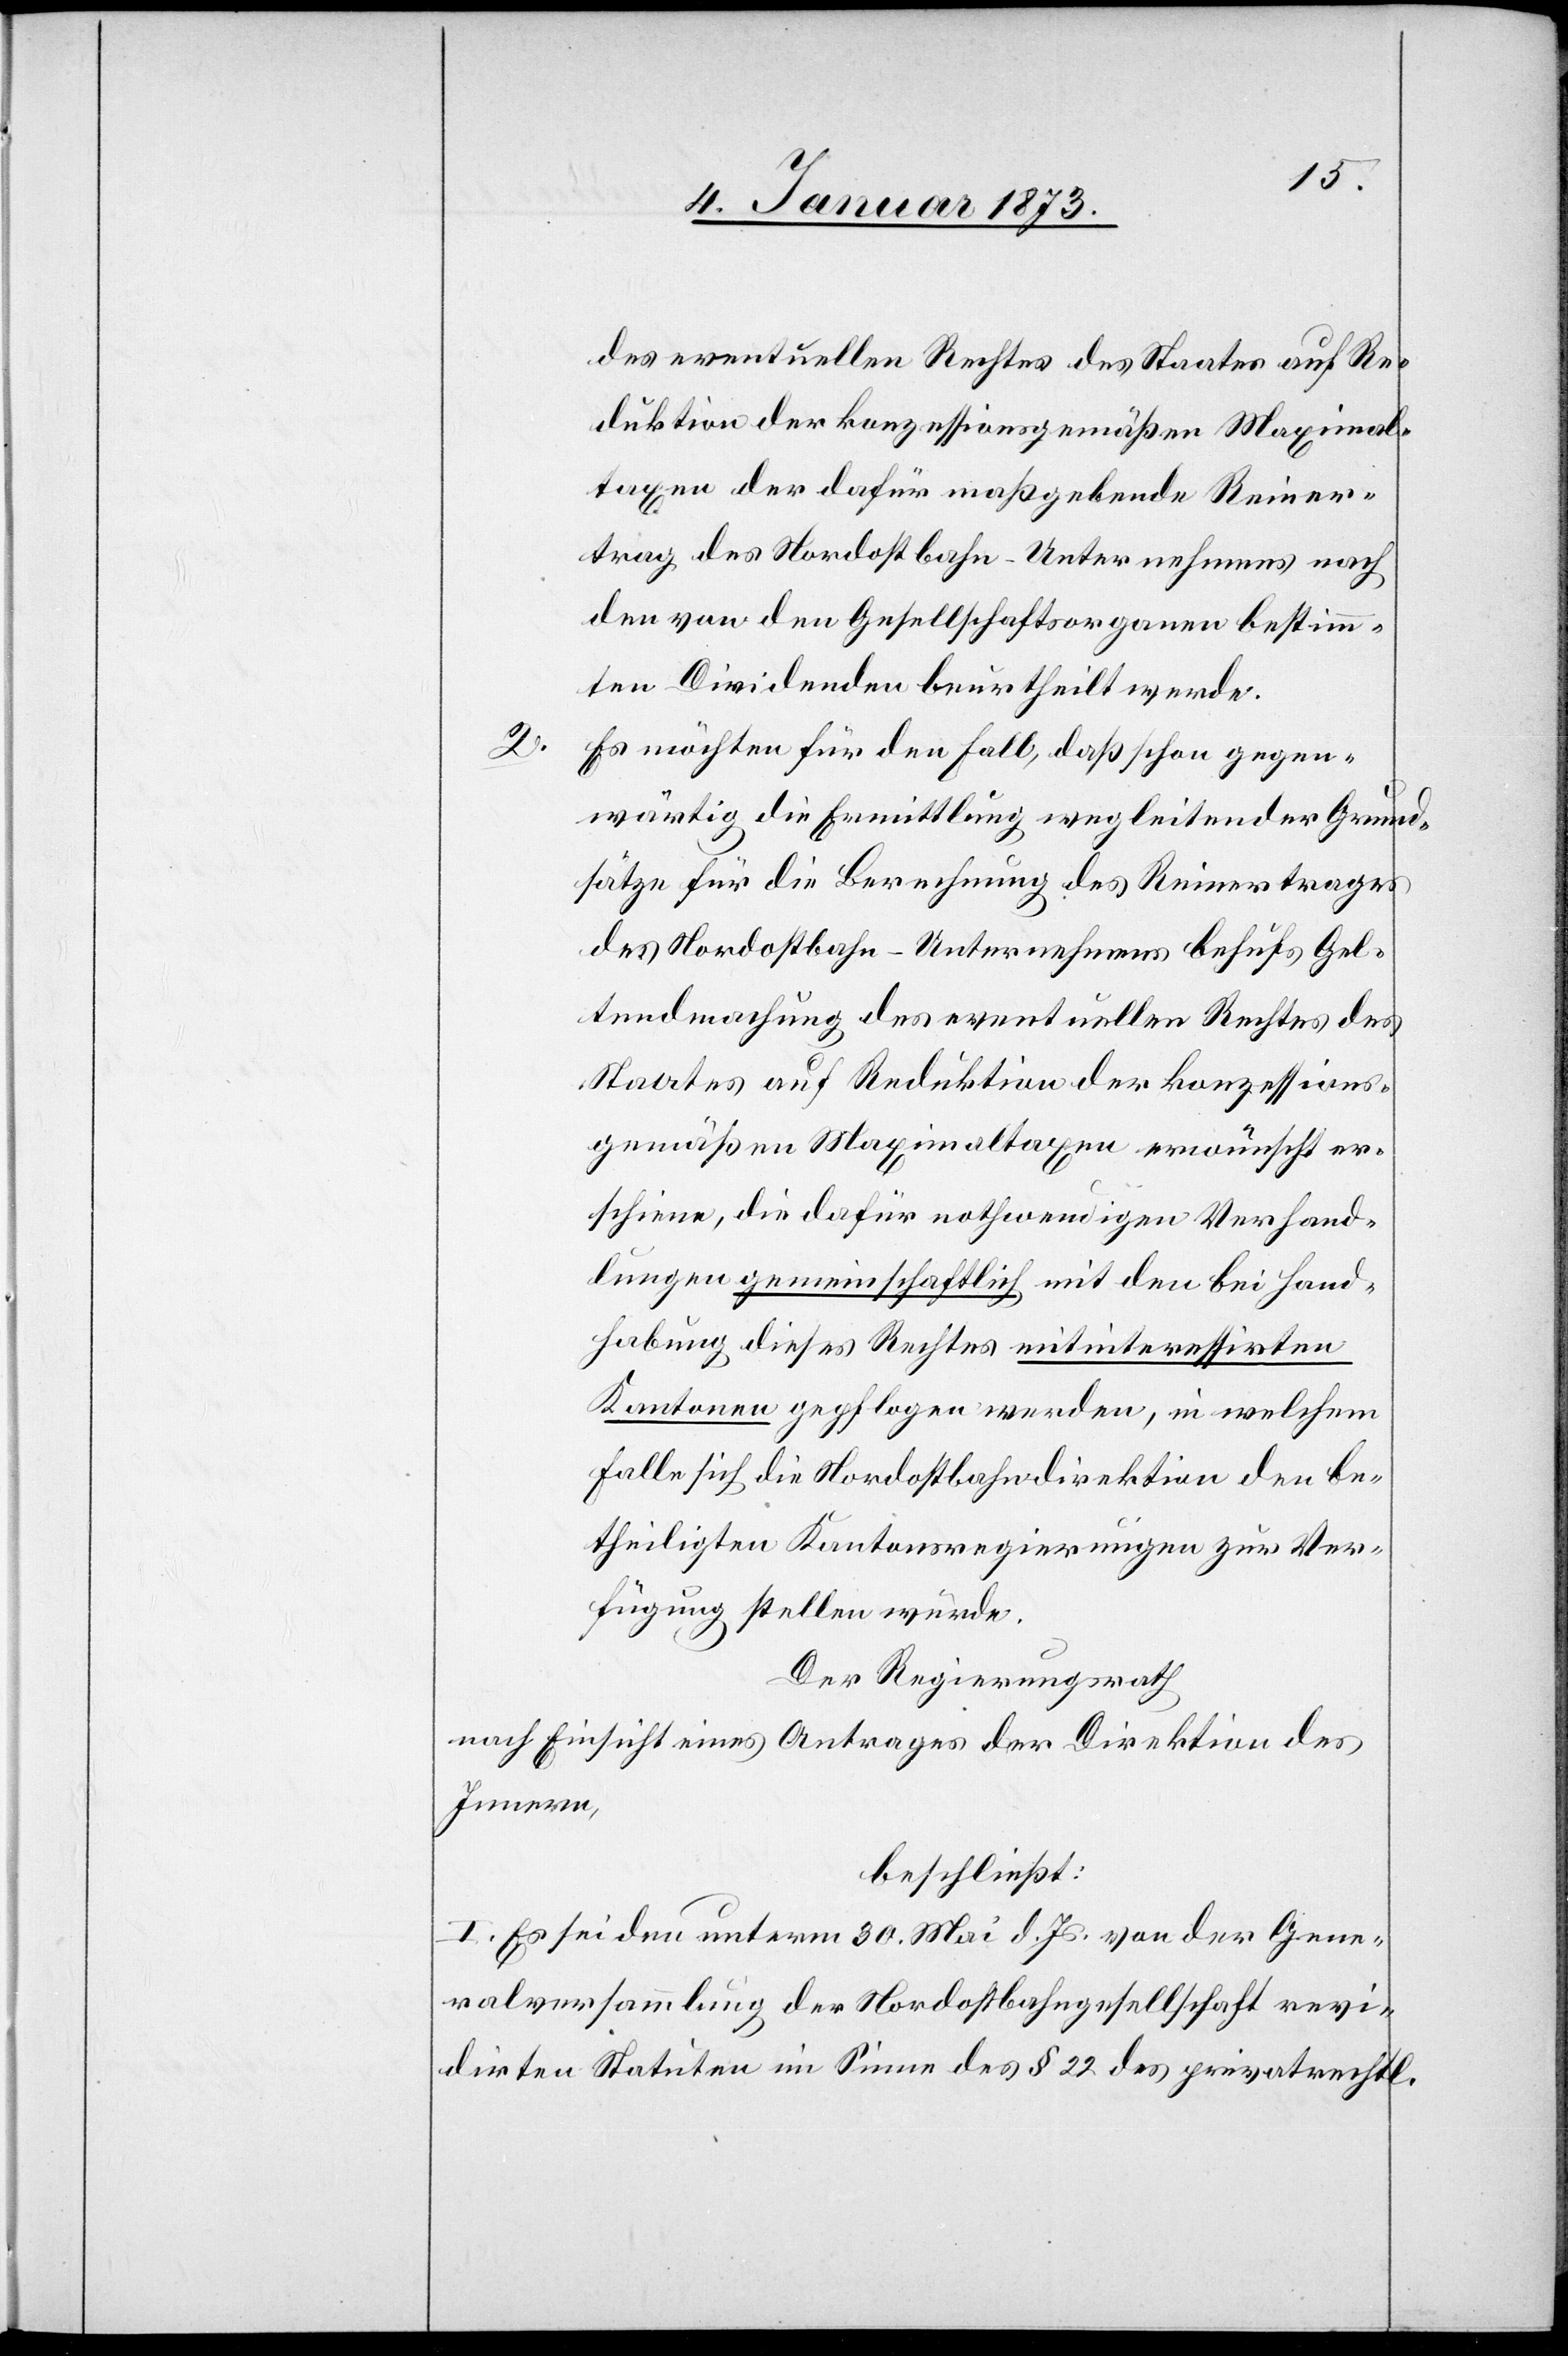
2.

des eventuellen Rechtes des Staates auf Re¬
duktion der konzessionsgemäßen Maximal¬
taxen der dafür maßgebende Reiner¬
trag des Nordostbahn-Unternehmens nach
den von den Gesellschaftsorganen bestimm¬
ten Dividenden beurtheilt werde.
Es möchten für den Fall, daß schon gegen¬
wärtig die Ermittlung wegleitender Grund¬
sätze für die Berufung des Reinertrages
den Nordostbahn-Unternehmen behufs Gel¬
tendmachung des eventuellen Rechtes des
Staates auf Reduktion der konzessions¬
gemäßen Maximaltaxen erwünscht er¬
scheine, die dafür nothwendigen Verhand¬
lungen gemeinschaftlich mit den bei Hand¬
habung dieses Rechtes mitinteressirten
Kantonen gepflogen werden, in welchem
Falle sich die Nordostbahndirektion den be¬
theiligten Kantonsregierungen zur Ver¬
fügung stellen würde.
Der Regierungsrath
nach Einsicht eines Antrages der Direktion des
Innern,
beschließt:
I. So sei den unterm 30. Mai d. Js. von der Gene¬
ralversammlung der Nordostbahngesellschaft revi¬
dirten Statuten im Sinne des § 22 des privatrechtl.